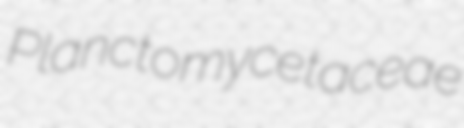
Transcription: Planctomycetaceae